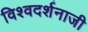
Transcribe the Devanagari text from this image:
विश्वदर्शनाजी